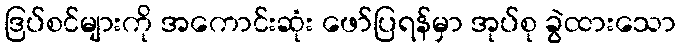
ဒြပ်စင်များကို အကောင်းဆုံး ဖော်ပြရန်မှာ အုပ်စု ခွဲထားသော